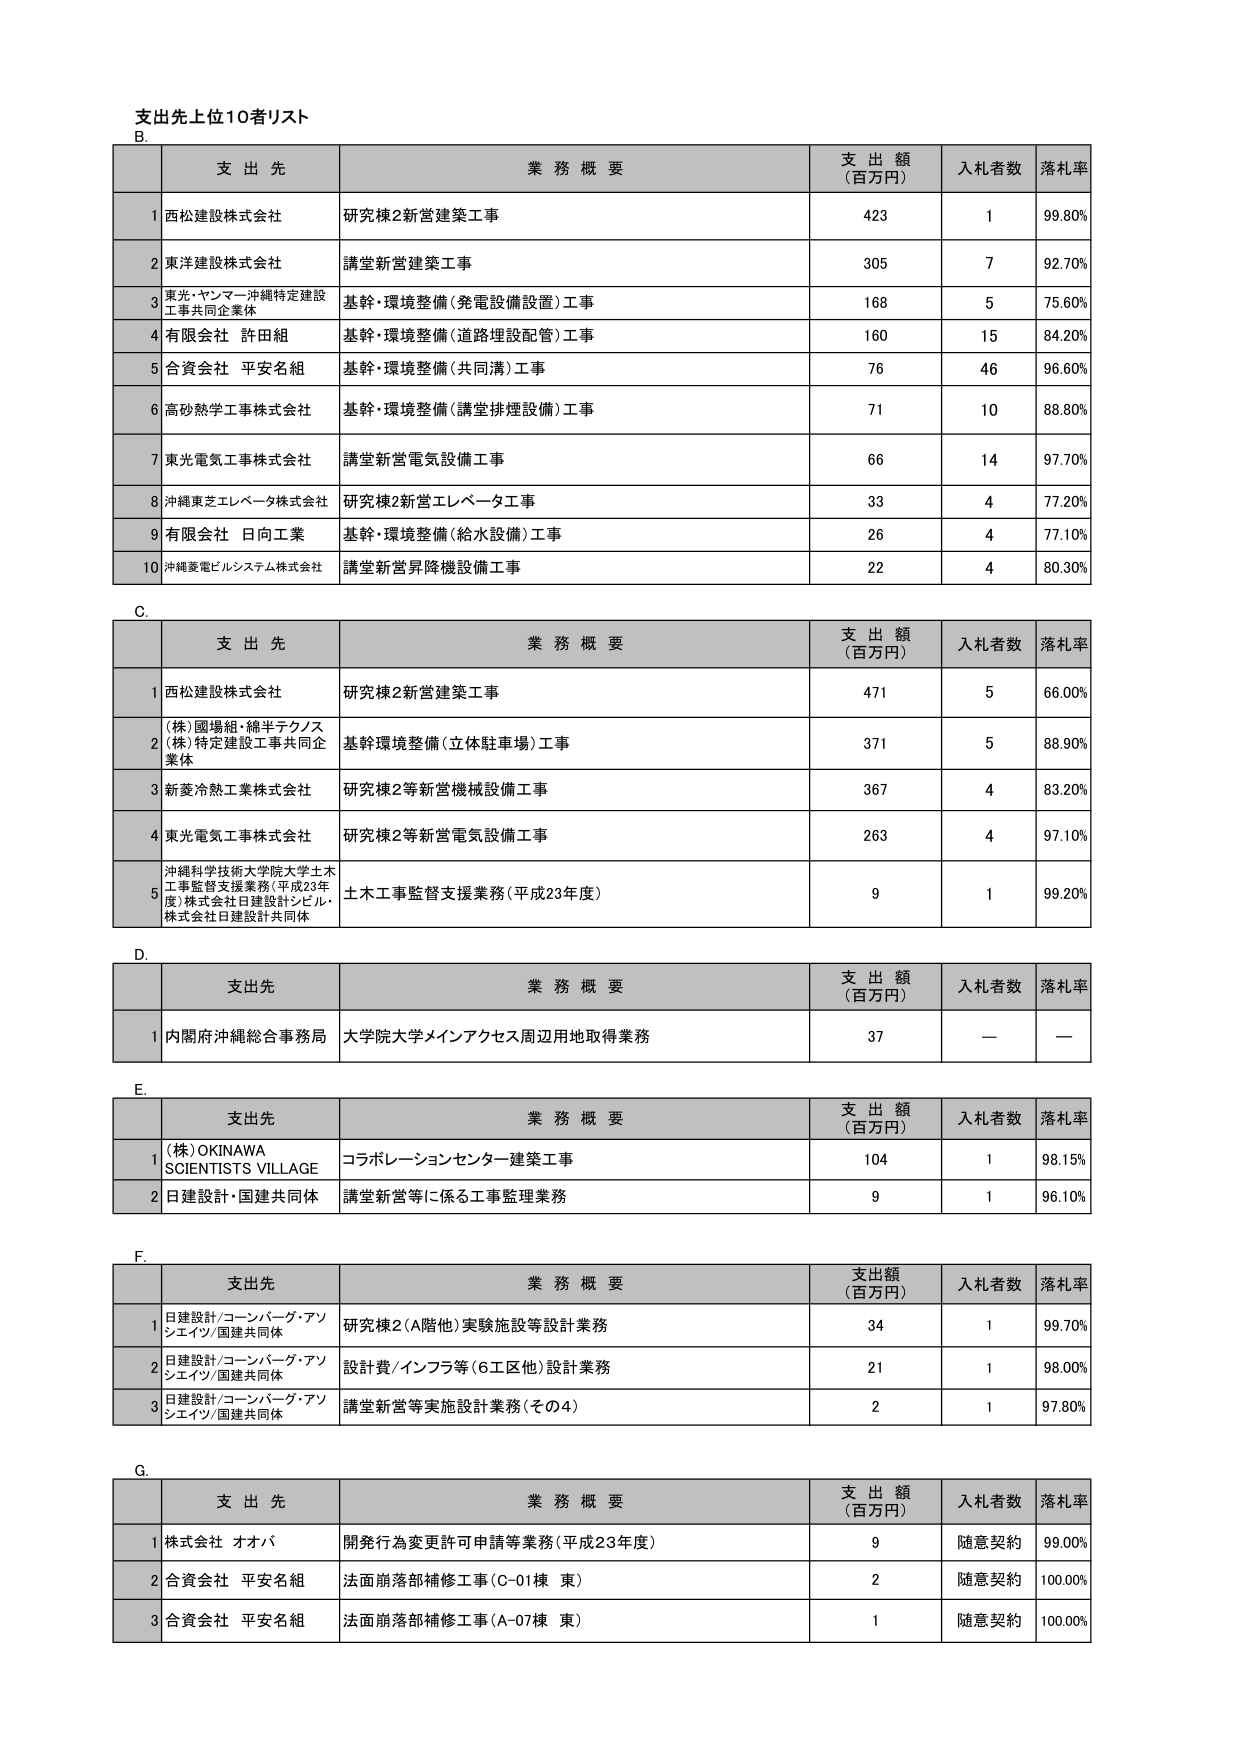
支出先上位10者リスト
B.
支 出 先 業 務 概 要 支 出 額 （百万円） 入札者数 落札率
1 西松建設株式会社 研究棟2新営建築工事 423 1 99.80%
2 東洋建設株式会社 講堂新営建築工事 305 7 92.70%
3 東光・ヤンマー沖縄特定建設工事共同企業体 基幹・環境整備（発電設備設置）工事 168 5 75.60%
4 有限会社 許田組 基幹・環境整備（道路埋設配管）工事 160 15 84.20%
5 合資会社 平安名組 基幹・環境整備（共同溝）工事 76 46 96.60%
6 高砂熱学工事株式会社 基幹・環境整備（講堂排煙設備）工事 71 10 88.80%
7 東光電気工事株式会社 講堂新営電気設備工事 66 14 97.70%
8 沖縄東芝エレベータ株式会社 研究棟2新営エレベータ工事 33 4 77.20%
9 有限会社 日向工業 基幹・環境整備（給水設備）工事 26 4 77.10%
10 沖縄菱電ビルシステム株式会社 講堂新営昇降機設備工事 22 4 80.30%

C.
支 出 先 業 務 概 要 支 出 額 （百万円） 入札者数 落札率
1 西松建設株式会社 研究棟2新営建築工事 471 5 66.00%
2 （株）國場組・綿半テクノス（株）特定建設工事共同企業体 基幹環境整備（立体駐車場）工事 371 5 88.90%
3 新菱冷熱工業株式会社 研究棟2等新営機械設備工事 367 4 83.20%
4 東光電気工事株式会社 研究棟2等新営電気設備工事 263 4 97.10%
5 沖縄科学技術大学院大学土木工事監督支援業務（平成23年度）株式会社日建設計シビル・株式会社日建設計共同体 土木工事監督支援業務（平成23年度） 9 1 99.20%

D.
支出先 業 務 概 要 支 出 額 （百万円） 入札者数 落札率
1 内閣府沖縄総合事務局 大学院大学メインアクセス周辺用地取得業務 37 — —

E.
支出先 業 務 概 要 支 出 額 （百万円） 入札者数 落札率
1 （株）OKINAWA SCIENTISTS VILLAGE コラボレーションセンター建築工事 104 1 98.15%
2 日建設計・国建共同体 講堂新営等に係る工事監理業務 9 1 96.10%

F.
支出先 業 務 概 要 支出額 （百万円） 入札者数 落札率
1 日建設計/コーンバーグ・アソシエイツ/国建共同体 研究棟2（A階他）実施施設等設計業務 34 1 99.70%
2 日建設計/コーンバーグ・アソシエイツ/国建共同体 設計費/インフラ等（6工区他）設計業務 21 1 98.00%
3 日建設計/コーンバーグ・アソシエイツ/国建共同体 講堂新営等実施設計業務（その4） 2 1 97.80%

G.
支 出 先 業 務 概 要 支 出 額 （百万円） 入札者数 落札率
1 株式会社 オオバ 開発行為変更許可申請等業務（平成23年度） 9 随意契約 99.00%
2 合資会社 平安名組 法面崩落部補修工事（C-01棟 東） 2 随意契約 100.00%
3 合資会社 平安名組 法面崩落部補修工事（A-07棟 東） 1 随意契約 100.00%